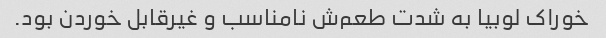
خوراک لوبیا به شدت طعم‌ش نامناسب و غیرقابل خوردن بود.